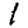
Digit: 1